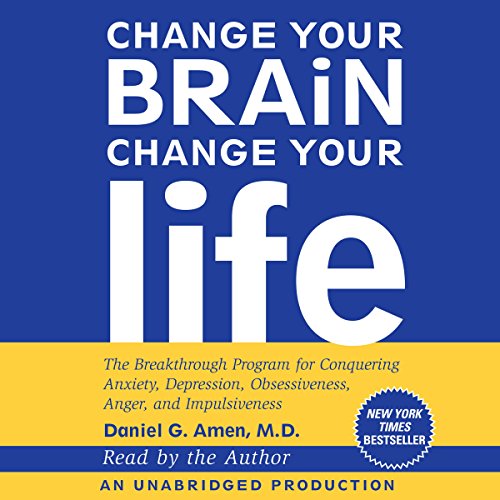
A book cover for Change Your Brain, Change Your Life: The Breakthrough Program for Conquering Anxiety, Depression, Obsessiveness, Anger, and Impulsiveness; Daniel G. Amen; Medical Books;